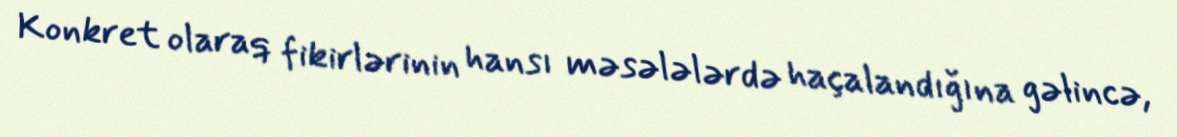
Konkret olaraq fikirlərinin hansı məsələlərdə haçalandığına gəlincə,